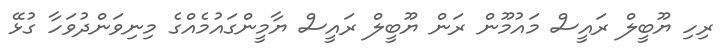
ރިހި ޔޫބީލް ރައީސް މައުމޫން ރަން ޔޫބީލް ރައީސް ޔާމީންގައުމެއްގެ މިނިވަންދުވަހާ ގުޅޭ